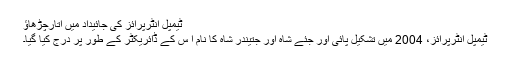
ٹیمپل انٹرپرائز کی جائیداد میں اتارچڑھاؤ
ٹیمپل انٹرپرائز، 2004 میں تشکیل پائی اور جئے شاہ اور جتیندر شاہ کا نام ا س کے ڈائریکٹر کے طور پر درج کیا گیا۔